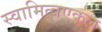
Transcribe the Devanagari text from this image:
स्वामित्वएकल